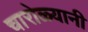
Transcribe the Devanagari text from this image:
चारोळ्यानी